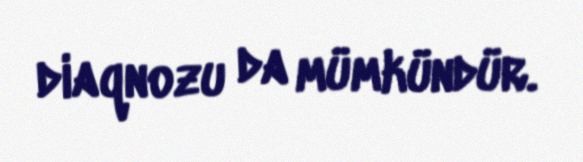
diaqnozu da mümkündür.